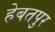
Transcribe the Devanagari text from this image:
हेबतपुर